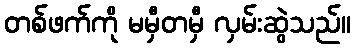
တစ်ဖက်ကို မမှီတမှီ လှမ်းဆွဲသည်။